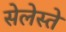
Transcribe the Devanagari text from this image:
सेलेस्ते